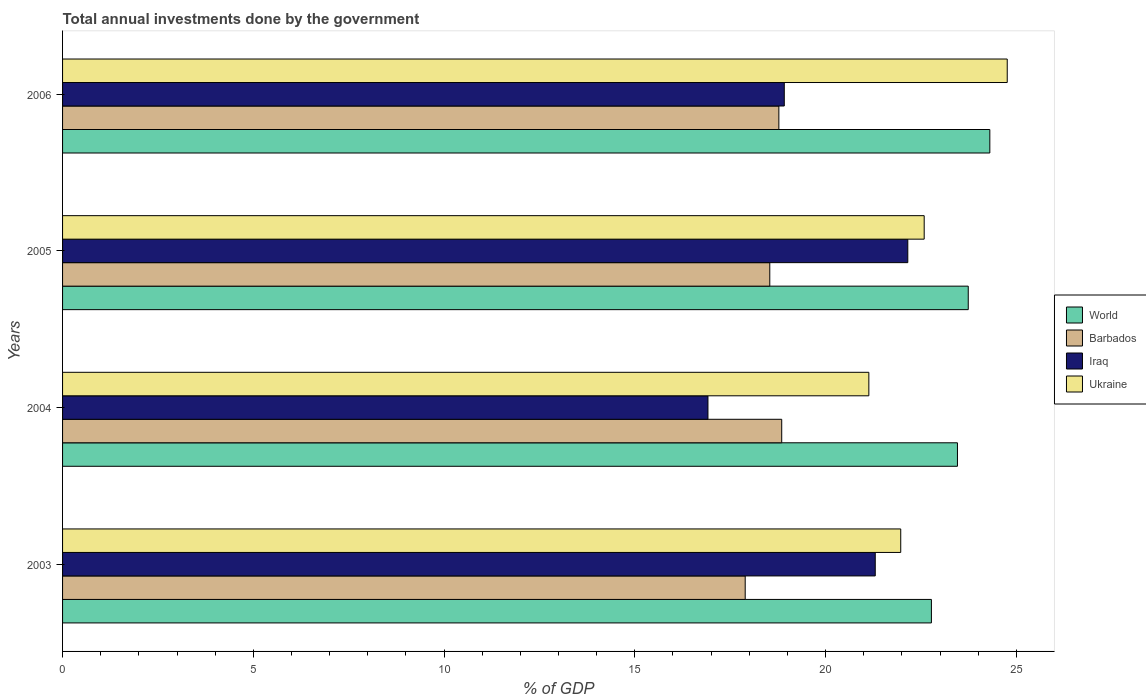
| Years | World | Barbados | Iraq | Ukraine |
 | --- | --- | --- | --- | --- |
 | 2003 | 22.8 | 17.9 | 21.3 | 22 |
 | 2004 | 23.5 | 18.9 | 16.9 | 21.1 |
 | 2005 | 23.7 | 18.5 | 22.2 | 22.6 |
 | 2006 | 24.3 | 18.8 | 18.9 | 24.8 |